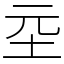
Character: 坖